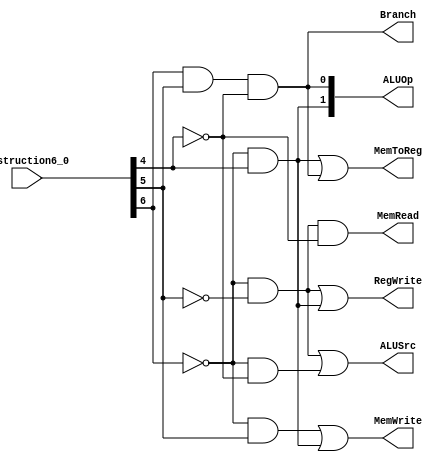
/*
* Date of Writing: 07-04-2021  
*/

/*BEHAVIOURAL CODE FOR IMPLEMENTATION OF CONTROL UNIT*/
module Control_Unit (instruction6_0,Branch,MemRead,ALUOp,MemToReg,MemWrite,ALUSrc,RegWrite);
    
    /*I/O DECLARATIONS*/
    input [6:0] instruction6_0;
    output Branch;  
    output MemRead;
    output MemToReg;
    output [1:0] ALUOp;
    output MemWrite;
    output ALUSrc;
    output RegWrite;
    
    /*BEHAVIOURS*/
    assign ALUSrc   = ~instruction6_0[6] & ~instruction6_0[5] | ~instruction6_0[6] & ~instruction6_0[4];
    assign RegWrite = ~instruction6_0[6] & ~instruction6_0[5] | ~instruction6_0[6] &  instruction6_0[4];
    assign MemWrite = ~instruction6_0[6] &  instruction6_0[5] | ~instruction6_0[6] &  instruction6_0[4];
    // assign MemWrite = ~instruction6_0[6];
    assign MemRead  = ~instruction6_0[6] & ~instruction6_0[5] & ~instruction6_0[4];
    assign Branch   =  instruction6_0[6] &  instruction6_0[5] & ~instruction6_0[4];

    assign ALUOp[1] = ~instruction6_0[6] &  instruction6_0[4];
    assign ALUOp[0] =  instruction6_0[6] &  instruction6_0[5] & ~instruction6_0[4];
    // assign MemtoReg = ~instruction6_0[6] &  instruction6_0[4] |  instruction6_0[6] &  instruction6_0[5] & ~instruction6_0[4];
    assign MemToReg = (~instruction6_0[6] & instruction6_0[4] | instruction6_0[6] & instruction6_0[5] & ~instruction6_0[4]);     
    // assign MemToReg = ~instruction6_0[6] & instruction6_0[4];     
    

endmodule //Control_Unit